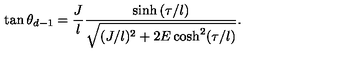
\tan \theta _ { d - 1 } = \frac { J } { l } \frac { \sinh { ( \tau / l ) } } { \sqrt { ( J / l ) ^ { 2 } + 2 E \cosh ^ { 2 } ( \tau / l ) } } .